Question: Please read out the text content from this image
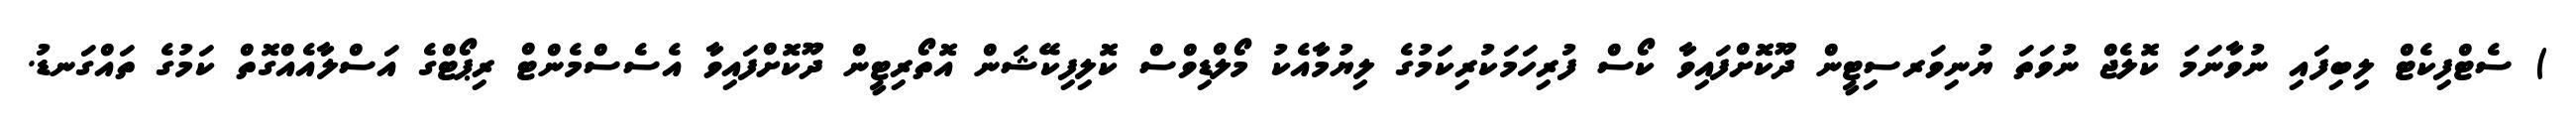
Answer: ) ސެޓްފިކެޓް ލިބިފައި ނުވާނަމަ ކޮލެޖް ނުވަތަ ޔުނިވަރސިޓީން ދޫކޮށްފައިވާ ކޯސް ފުރިހަމަކުރިކަމުގެ ލިޔުމާއެކު މޯލްޑިވްސް ކޮލިފިކޭޝަން އޮތޯރިޓީން ދޫކޮށްފައިވާ އެސެސްމެންޓް ރިޕޯޓްގެ އަސްލާއެއްގޮތް ކަމުގެ ތައްގަނޑު.